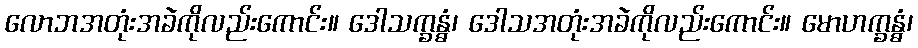
လောဘအတုံးအခဲကိုလည်းကောင်း။ ဒေါသက္ခန္ဓံ၊ ဒေါသအတုံးအခဲကိုလည်းကောင်း။ မောဟက္ခန္ဓံ၊